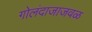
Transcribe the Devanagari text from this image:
गोलंदाजाजवळ